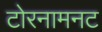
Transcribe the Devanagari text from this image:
टोरनामनट